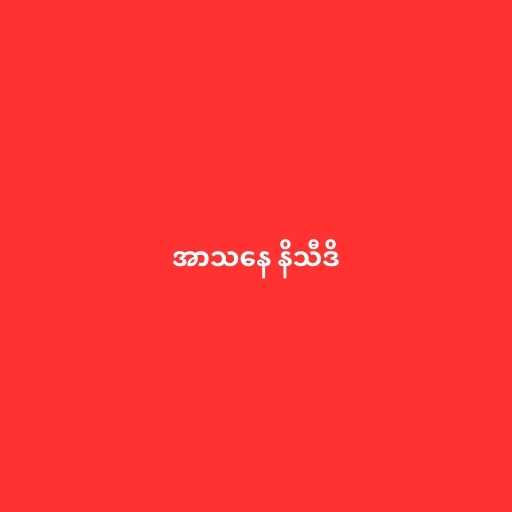
အာသနေ နိသီဒိ